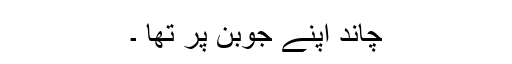
چاند اپنے جوبن پر تھا ۔